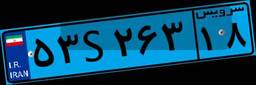
۶۰S۶۸۶۸۳